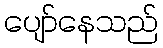
ပျော်နေသည်